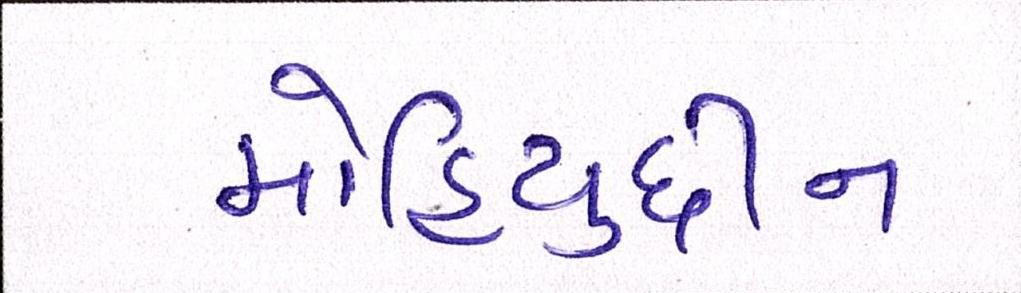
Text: મોહિયુદ્દીન